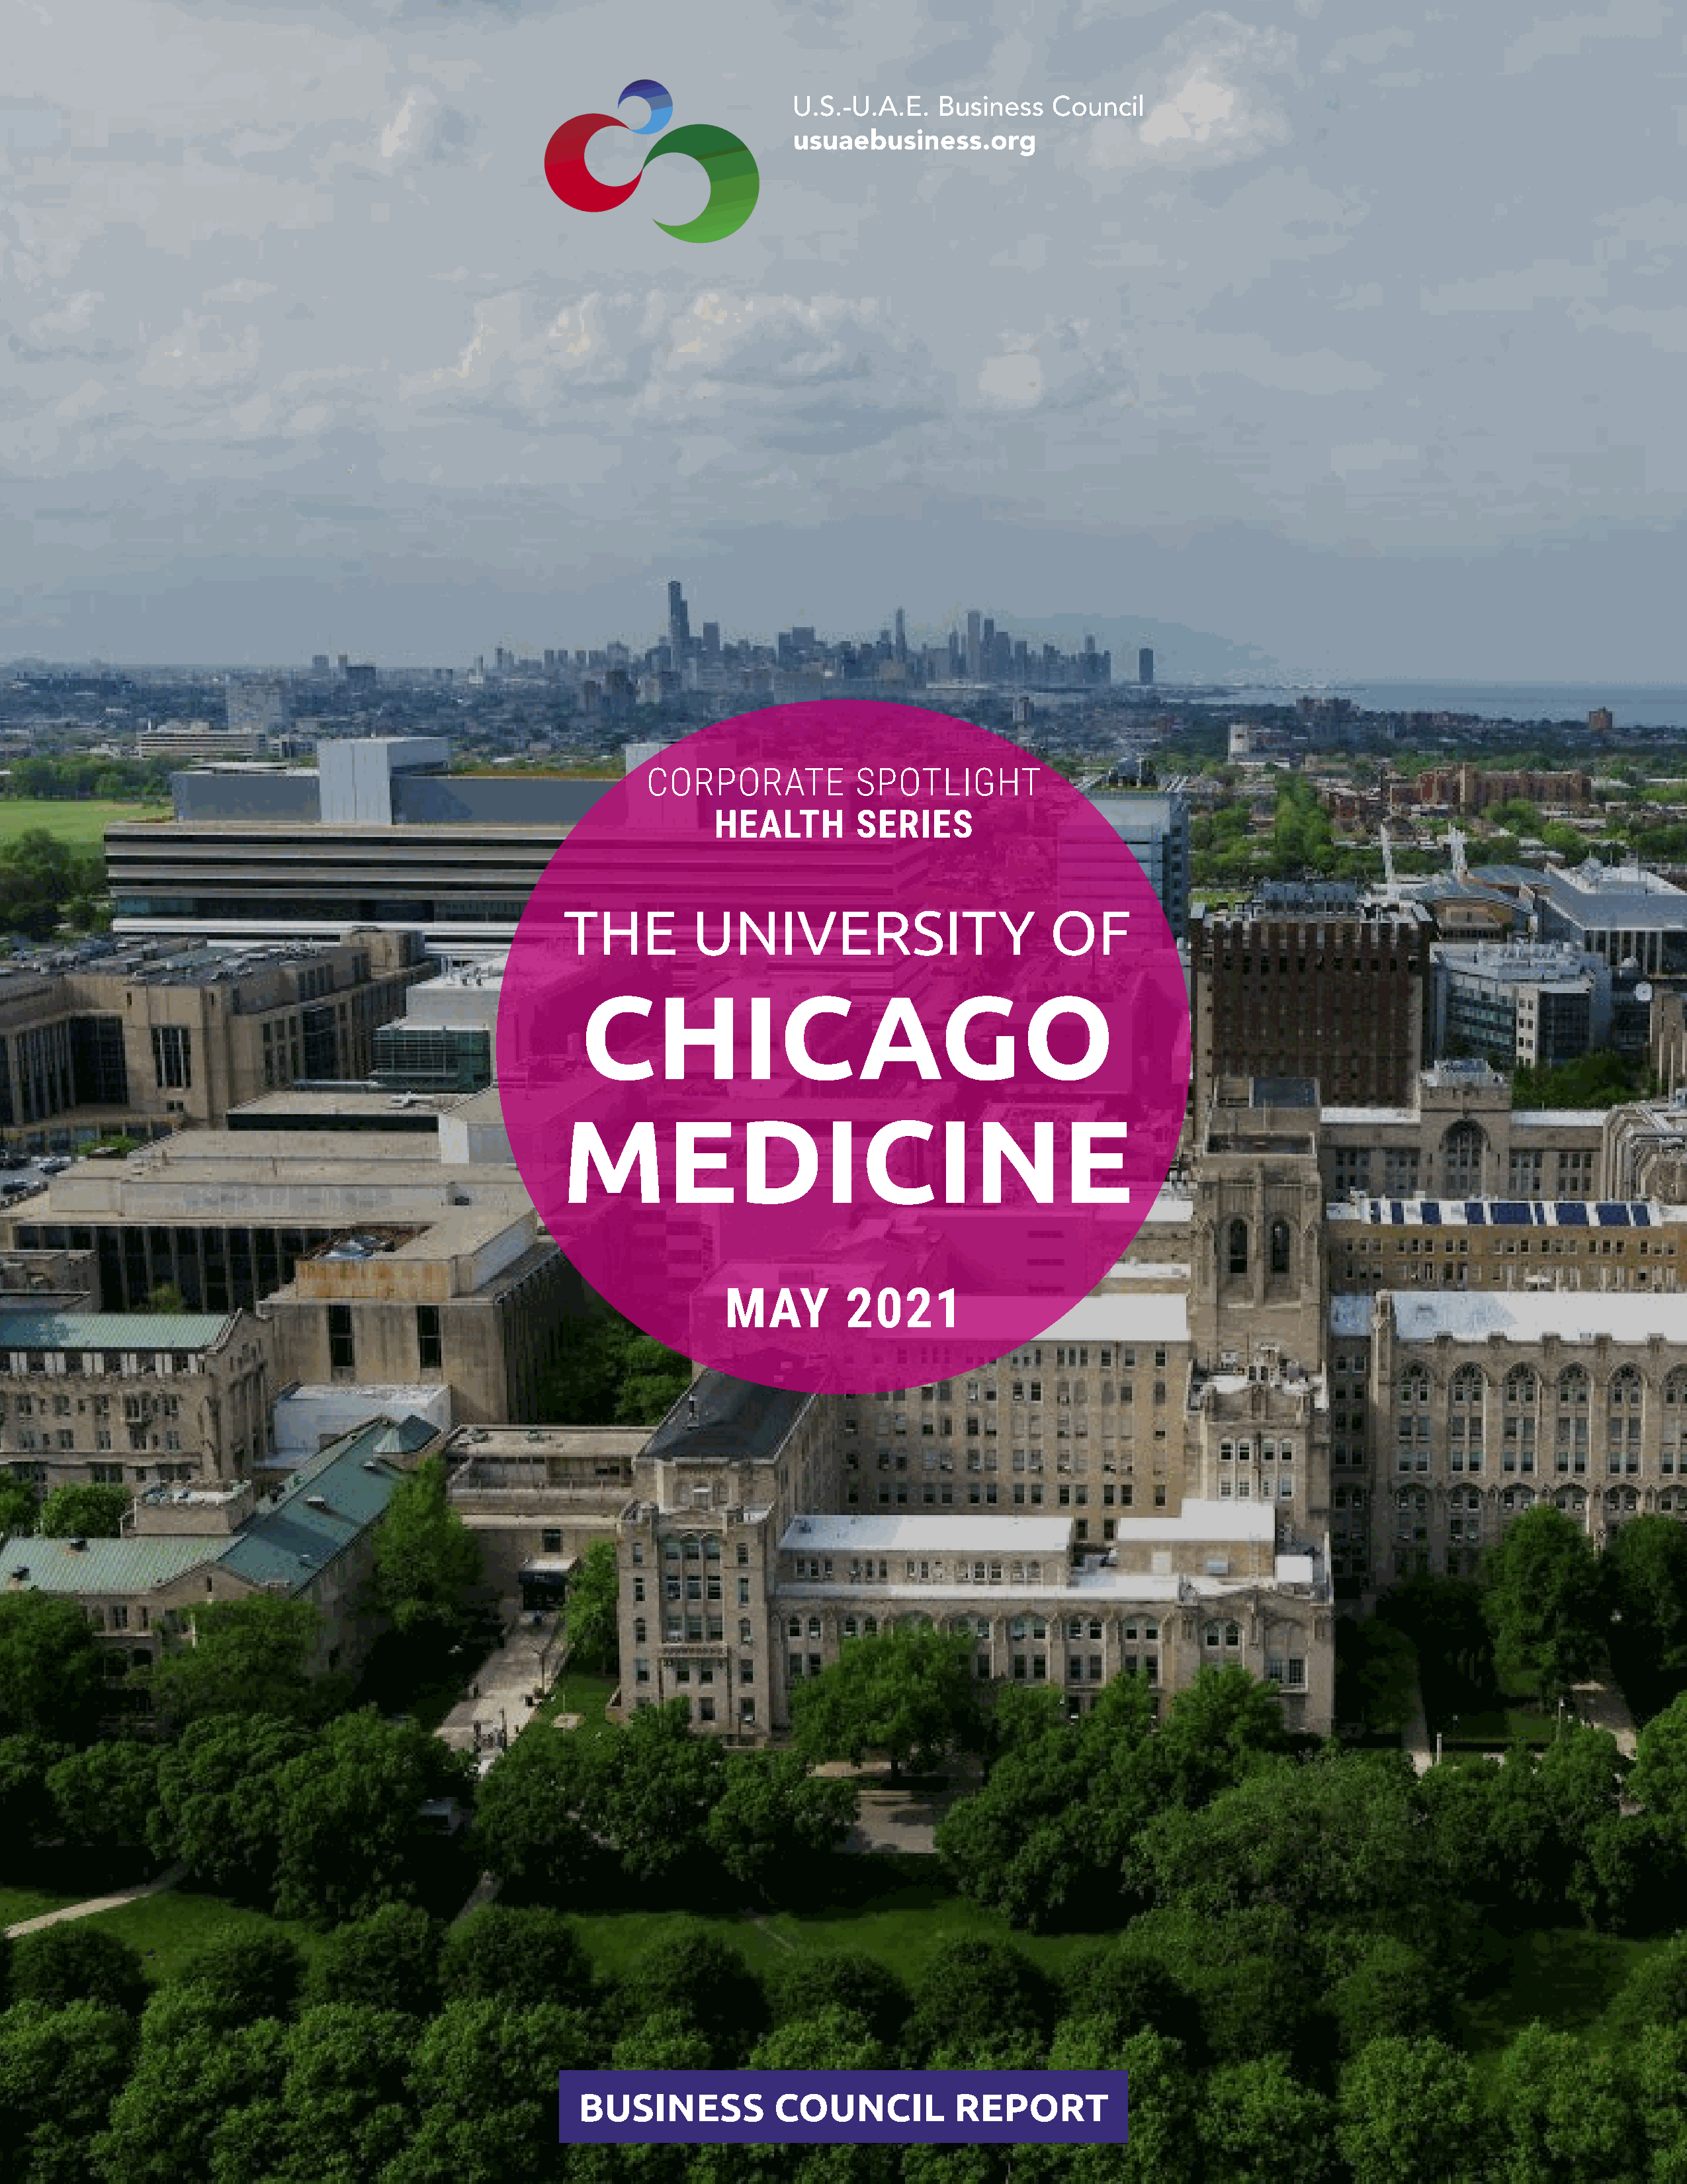
CORPORATE            SPOTLIGHT
 HEALTH         SERIES
 THE          UNIVERSITY                          OF
 CHICAGO
 MEDICINE
 MAY          2021
 BUSINESS           COUNCIL            REPORT